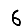
Digit: 6